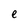
Character: e